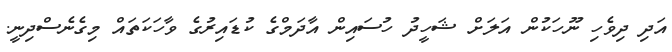
އަދި ދިވެހި ނޫހަކުން އަލަށް ޝަހީދު ހުސައިން އާދަމްގެ ކުޑައިރުގެ ވާހަކަތައް މިގެނެސްދިނީ.